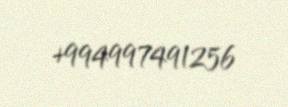
+994997491256